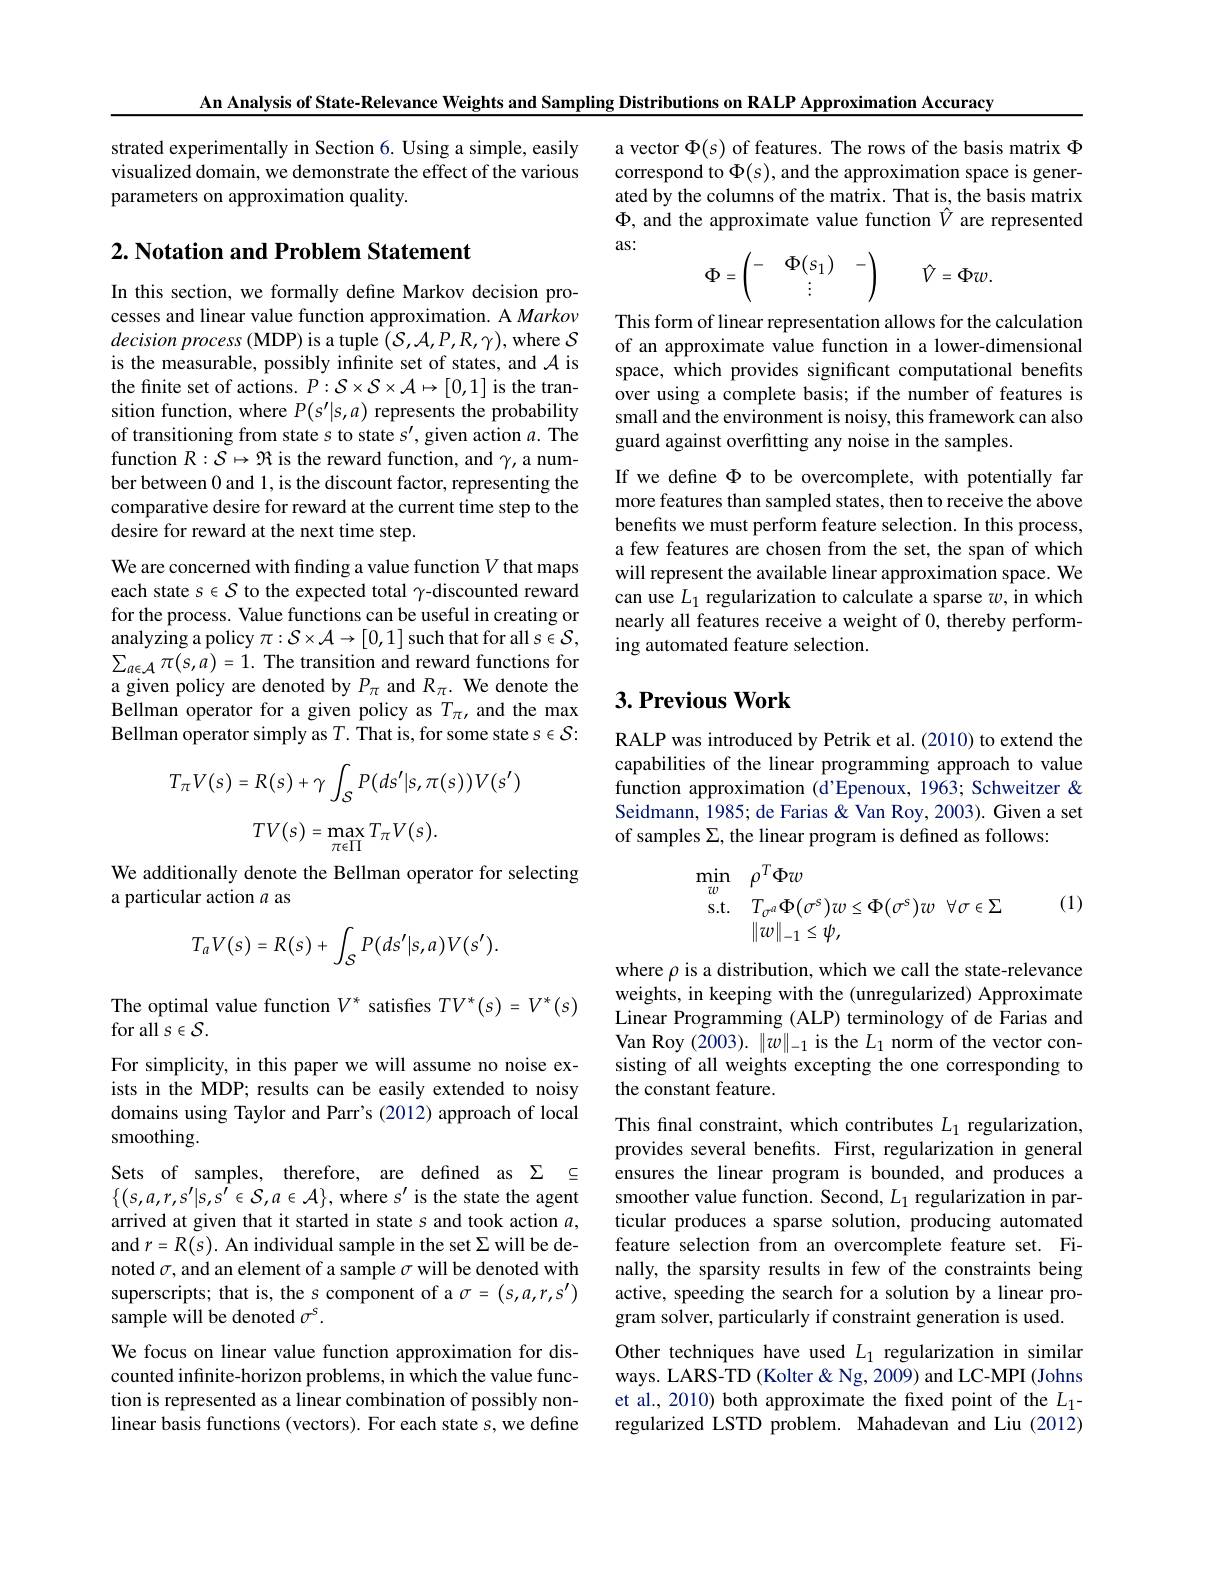
An Analysis of State-Relevance Weights and Sampling Distributions on RALP Approximation Accuracy

strated experimentally in Section 6. Using a simple, easily visualized domain, we demonstrate the effect of the various parameters on approximation quality.

a vector $\Phi(s)$ of features. The rows of the basis matrix $\Phi$ correspond to $\Phi(s)$,and the approximation space is generated by the columns of the matrix. That is, the basis matrix $\Phi$, and the approximate value function $\hat{V}$ are represented as:

## $2. \textbf{ Notation and Problem Statement}$
$$\Phi=\begin{pmatrix}-&\Phi(s_1)&&-\\&\vdots&&\end{pmatrix}\quad\hat V=\Phi w.$$
In this section, we formally define Markov decision processes and linear value function approximation. A Markov $decisionprocess(MDP)$ is a tuple $(\mathcal{S},\mathcal{A},P,R,\gamma)$, where $\mathcal{S}$ is the measurable, possibly infinite set of states, and $\mathcal{A}$ is the finite set of actions. $P:\mathcal{S}\times\mathcal{S}\times\mathcal{A}\mapsto[0,1]$ is the transition function, where $P(s^{\prime}|s,a)$ represents the probability of transitioning from state s to state s', given action $a.$ The function $R:\tilde{\mathcal{S}}\mapsto\Re$ is the reward function, and $\gamma$,a number between 0 and 1, is the discount factor, representing the comparative desire for reward at the current time step to the desire for reward at the next time step.

This form of linear representation allows for the calculation of an approximate value function in a lower-dimensional space, which provides significant computational benefits over using a complete basis; if the number of features is small and the environment is noisy, this framework can also guard against overfitting any noise in the samples
If we define $\Phi$ to be overcomplete, with potentially far more features than sampled states, then to receive the above benefits we must perform feature selection. In this process, a few features are chosen from the set, the span of which will represent the available linear approximation space. We can use $L_{1}$ regularization to calculate a sparse $w$, in which nearly all features receive a weight of 0, thereby performing automated feature selection.

We are concerned with finding a value function $V$ that maps each state $s\in\mathcal{S}$ to the expected total $\gamma$-discounted reward for the process. Value functions can be useful in creating or analyzing a policy $\pi:\mathcal{S}\times\mathcal{A}\to[0,1]$ such that for all $s\in\mathcal{S}$, $\sum_{a\in\mathcal{A}}\pi(s,\hat{a})=1.$ The transition and reward functions for a given policy are denoted by $P_\mathrm{\pi}$ and $R_\mathrm{\pi}.$ We denote the Bellman operator for a given policy as $T_{\pi}$, and the max Bellman operator simply as $T.$ That is, for some state $s\in\mathcal{S}:$

## $3. \textbf{Previous Work}$

RALP was introduced by Petrik et al. (2010) to extend the capabilities of the linear programming approach to value function approximation (d'Epenoux, 1963; Schweitzer & Seidmann, 1985; de Farias & Van Roy, 2003). Given a set of samples $\Sigma$, the linear program is defined as follows:
$$T_{\pi}V(s)=R(s)+\gamma\int_{S}P(ds'|s,\pi(s))V(s')$$
$$TV(s)=\max_{\pi\epsilon\Pi}T_{\pi}V(s).$$
We additionally denote the Bellman operator for selecting
a particular action $a$ as

(1)
$$\begin{array}{rl}\min_w&\rho^T\Phi w\\\mathrm{s.t.}&T_{\sigma^a}\Phi(\sigma^s)w\leq\Phi(\sigma^s)w\:\forall\sigma\in\Sigma\\&\|w\|_{-1}\leq\psi,\end{array}$$
$$T_{a}V(s)=R(s)+\int_{\mathcal{S}}P(ds'|s,a)V(s').$$
The optimal value function $V^*$ satisfies $TV^*(s)=V^*(s)$

for all $s\in\mathcal{S}.$

For simplicity, in this paper we will assume no noise exists in the MDP; results can be easily extended to noisy domains using Taylor and Parr's (2012) approach of local smoothing.

where $\rho$ is a distribution, which we call the state-relevance weights, in keeping with the (unregularized) Approximate Linear Programming (ALP) terminology of de Farias and Van Roy (2003). $\|w\|_-1$ is the $L_1$ norm of the vector consisting of all weights excepting the one corresponding to the constant feature.
This final constraint, which contributes $L_1$ regularization, provides several benefits. First, regularization in general ensures the linear program is bounded, and produces a smoother value function. Second, $L_1$ regularization in particular produces a sparse solution, producing automated feature selection from an overcomplete feature set. Finally, the sparsity results in few of the constraints being active, speeding the search for a solution by a linear program solver, particularly if constraint generation is used. Other techniques have used $L_1$ regularization in similar ways. LARS-TD (Kolter &Ng, 2009) and LC-MPI (Johns et al., 2010) both approximate the fixed point of the $L_{1}$- regularized LSTD problem. Mahadevan and Liu (2012)

Sets of samples, therefore, are defined as $\Sigma$ $\subseteq$ $\{(s,a,r,s'|s,s'\in S,a\in\mathcal{A}\}$, where s' is the state the agent arrived at given that it started in state $s$ and took action $a$, and $r=R(s).$ An individual sample in the set $\Sigma$ will be denoted $\sigma$, and an element of a sample $\sigma$ will be denoted with superscripts; that is, the $s$ component of a $\sigma=(s,a,r,s^{\prime})$ sample will be denoted $\sigma^s.$
We focus on linear value function approximation for discounted infinite-horizon problems, in which the value function is represented as a linear combination of possibly nonlinear basis functions (vectors). For each state s, we define